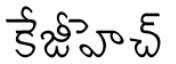
కేజీహెచ్